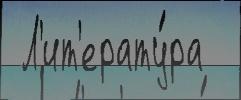
 Л'ит'ерату́ра